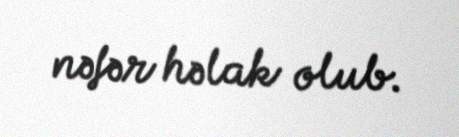
nəfər həlak olub.